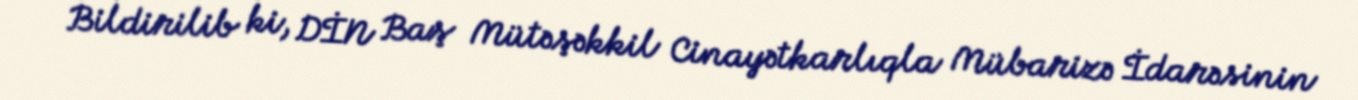
Bildirilib ki, DİN Baş Mütəşəkkil Cinayətkarlıqla Mübarizə İdarəsinin